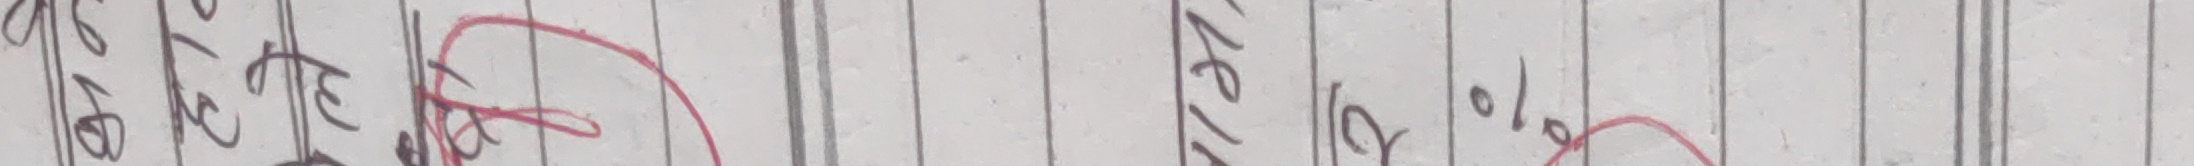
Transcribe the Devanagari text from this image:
कहीले हो